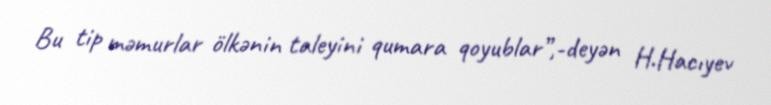
Bu tip məmurlar ölkənin taleyini qumara qoyublar”,-deyən H.Hacıyev